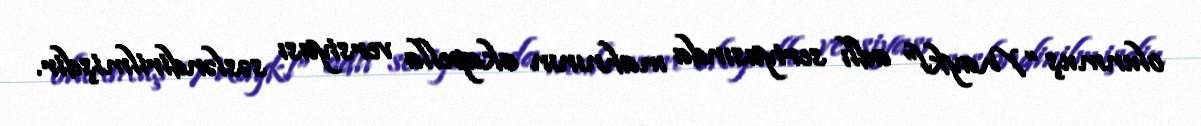
olunmuş “Maykl” adlı seriyasında mahnının akapella versiyası səsləndirilmişdir.